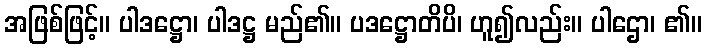
အဖြစ်ဖြင့်။ ပါဒဋ္ဌော၊ ပါဒဋ္ဌ မည်၏။ ပဒဋ္ဌောတိပိ၊ ဟူ၍လည်း။ ပါဌော၊ ၏။